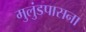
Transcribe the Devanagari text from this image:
मुलुंडपासना